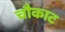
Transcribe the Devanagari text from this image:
चौकाट